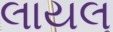
લાયલ